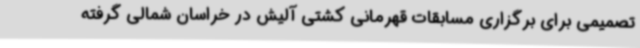
تصمیمی برای برگزاری مسابقات قهرمانی کشتی آلیش در خراسان شمالی گرفته